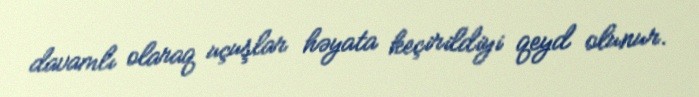
davamlı olaraq uçuşlar həyata keçirildiyi qeyd olunur.